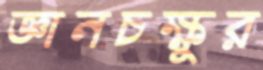
জ্ঞানচক্ষুর